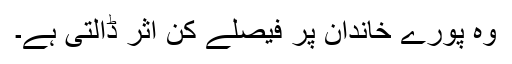
وہ پورے خاندان پر فیصلے کن اثر ڈالتی ہے۔